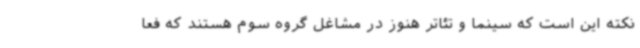
نکته این است که سینما و تئاتر هنوز در مشاغل گروه سوم هستند که فعا